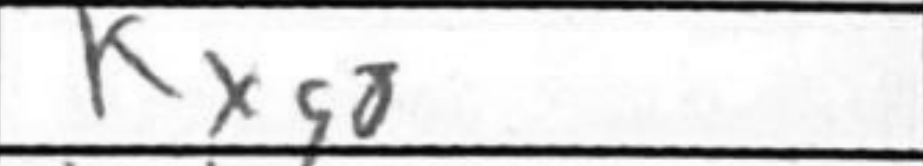
Transcription: Kxg8